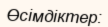
Өсімдіктер: